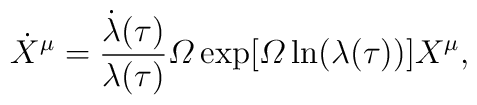
\dot X^\mu=\frac{\dot\lambda(\tau)}{\lambda(\tau)}{\mit\Omega}           \exp[{\mit\Omega}\ln(\lambda(\tau))]X^\mu,